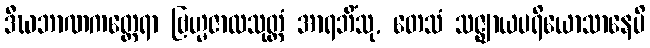
ဒီဃဘာဏကတ္ထေရာ ဗြဟ္မဇာလသုတ္တံ အာရဘိံသု, တေသံ သဇ္ဈာယပရိယောသာနေပိ